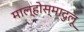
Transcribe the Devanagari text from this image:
माल्होस्मादुलू